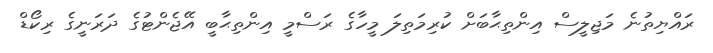
ރައްޔިތުނެ މަޖިލީސް އިންތިޙާބަށް ކުރިމަތިލަ މީހާގެ ރަސްމީ އިންތިޙާބީ އޭޖެންޓުގެ ދަރަނީގެ ރިކޯޑް